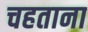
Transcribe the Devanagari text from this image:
चहताना